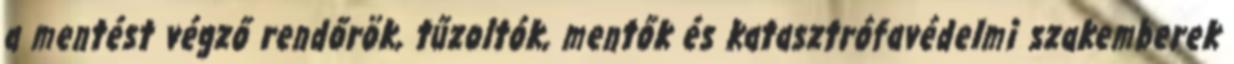
a mentést végző rendőrök, tűzoltók, mentők és katasztrófavédelmi szakemberek